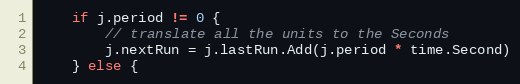
Language: Go
	if j.period != 0 {
		// translate all the units to the Seconds
		j.nextRun = j.lastRun.Add(j.period * time.Second)
	} else {